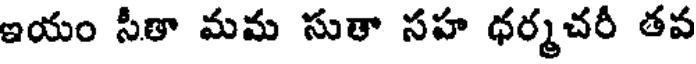
ఇయం సీతా మమ సుతా సహ ధర్మచరీ తవ